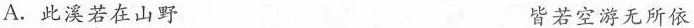
A.此溪若在山野 皆若空游无所依